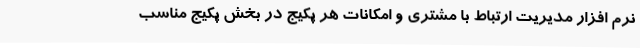
نرم افزار مدیریت ارتباط با مشتری و امکانات هر پکیج در بخش پکیج مناسب